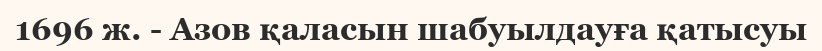
1696 ж. - Азов қаласын шабуылдауға қатысуы